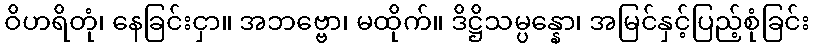
ဝိဟရိတုံ၊ နေခြင်းငှာ။ အဘဗ္ဗော၊ မထိုက်။ ဒိဋ္ဌိသမ္ပန္နော၊ အမြင်နှင့်ပြည့်စုံခြင်း